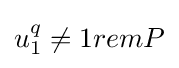
u_{1}^{q}\neq 1remP